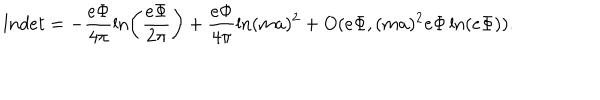
LaTeX: l n d e t = - \frac { e \Phi } { 4 \pi } \ln \left( \frac { e \Phi } { 2 \pi } \right) + \frac { e \Phi } { 4 \pi } \ln ( m a ) ^ { 2 } + O ( e \Phi , ( m a ) ^ { 2 } e \Phi \ln ( e \Phi ) ) .